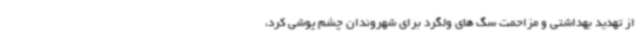
از تهدید بهداشتی و مزاحمت سگ های ولگرد برای شهروندان چشم پوشی کرد،